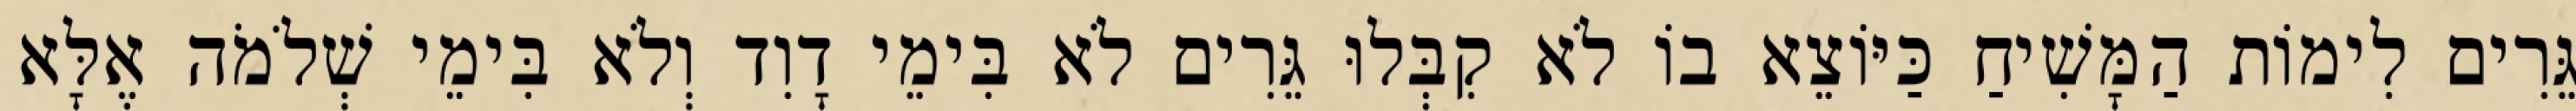
גֵּרִים לִימוֹת הַמָּשִׁיחַ כַּיּוֹצֵא בוֹ לֹא קִבְּלוּ גֵּרִים לֹא בִּימֵי דָוִד וְלֹא בִּימֵי שְׁלֹמֹה אֶלָּא